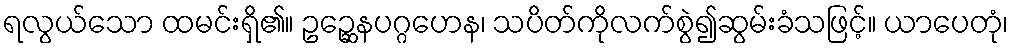
ရလွယ်သော ထမင်းရှိ၏။ ဥဉ္ဆေနပဂ္ဂဟေန၊ သပိတ်ကိုလက်စွဲ၍ဆွမ်းခံသဖြင့်။ ယာပေတုံ၊